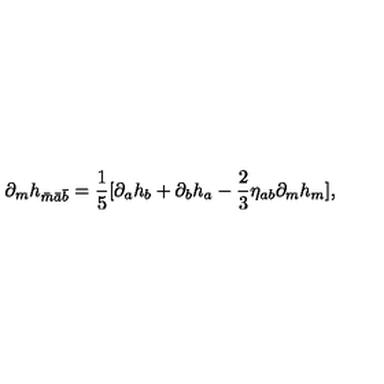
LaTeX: \partial _ { m } h _ { \bar { m } \bar { a } \bar { b } } = \frac { 1 } { 5 } [ \partial _ { a } h _ { b } + \partial _ { b } h _ { a } - \frac { 2 } { 3 } \eta _ { a b } \partial _ { m } h _ { m } ] ,